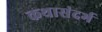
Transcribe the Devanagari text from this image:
कथासंदर्भ